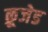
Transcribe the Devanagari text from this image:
क्रूजेड